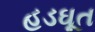
હડઘૂત